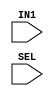
module TOP(IN1,SEL);
  input IN1,SEL;
  reg bit;


  always @* begin
      bit <= func1(IN1,SEL);
  end

  function func1;
    input in1;
    input sel;
    case(sel)
        'h0:
          func1 = in1;
        default:
          func1 = 1'b0;
    endcase
  endfunction

/*
  always @* begin
    case(SEL)
        'h0:
          bit = IN1;
        default:
          bit = 1'b0;
    endcase
  end
*/

endmodule